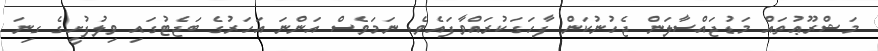
މަޝްރޫޢުތައް މަޑުޖައްސާލަން ޖެހުނުކަން ފާހަގަކުރައްވާފައެވެ. ނަމަވެސް އަންނަ އަހަރުގެ ބަޖެޓުގައި ވިލުފުށީގެ ގިނަ